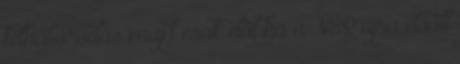
felháborodás majd csak elül ha a NER újra előáll